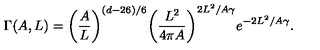
\Gamma ( A , L ) = { { \left( { \frac { A } { L } } \right) } ^ { ( d - 2 6 ) / 6 } } { { \left( { \frac { L ^ { 2 } } { 4 \pi { A } } } \right) } ^ { 2 { L ^ { 2 } } / A \gamma } } { e ^ { - 2 { L ^ { 2 } } / A \gamma } } .